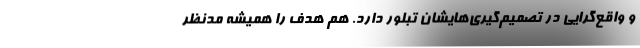
و واقع‌گرایی در تصمیم‌گیری‌هایشان تبلور دارد. هم هدف را همیشه مدنظر